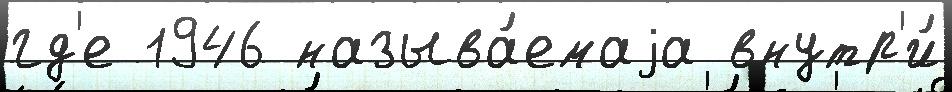
гд'е 1946 называ́емаjа внутр'и́